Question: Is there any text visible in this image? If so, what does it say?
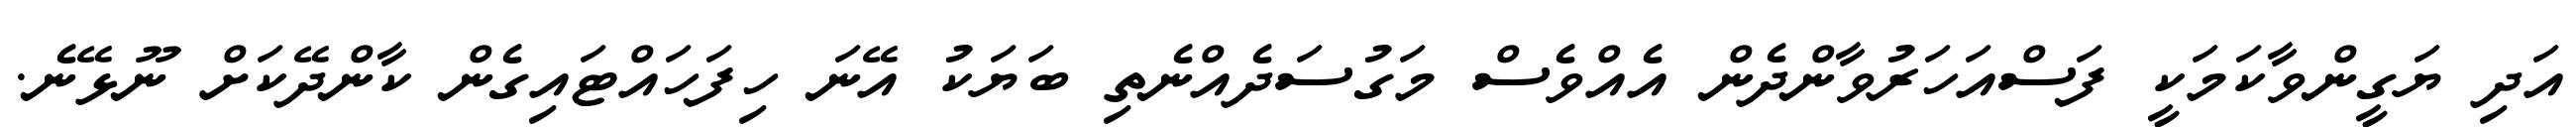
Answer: އަދި ޔަގީންވާކަމަކީ ފަސްއަހަރުވާންދެން އެއްވެސް މަގުސަދެއްނެތި ބަޔަކު އޭނަ ހިފަހައްޓައިގެން ކާންދޭކަށް ނޫޅޭނެ.